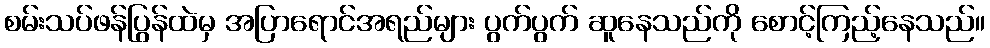
စမ်းသပ်ဖန်ပြွန်ထဲမှ အပြာရောင်အရည်များ ပွက်ပွက် ဆူနေသည်ကို စောင့်ကြည့်နေသည်။